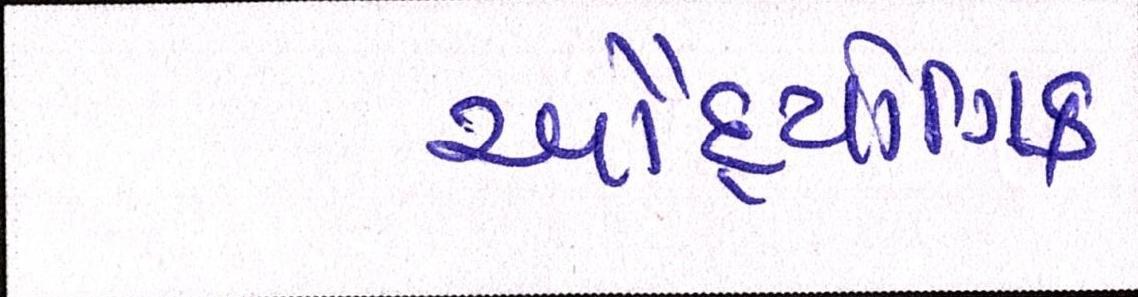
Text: ઔદ્યોગિક